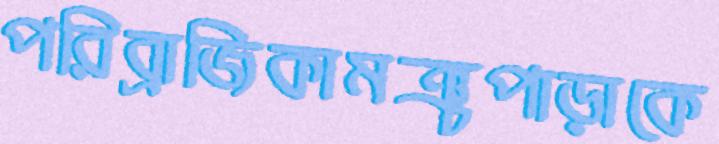
পরিব্রাজিকামঞ্চপাড়াকে